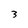
Character: 3